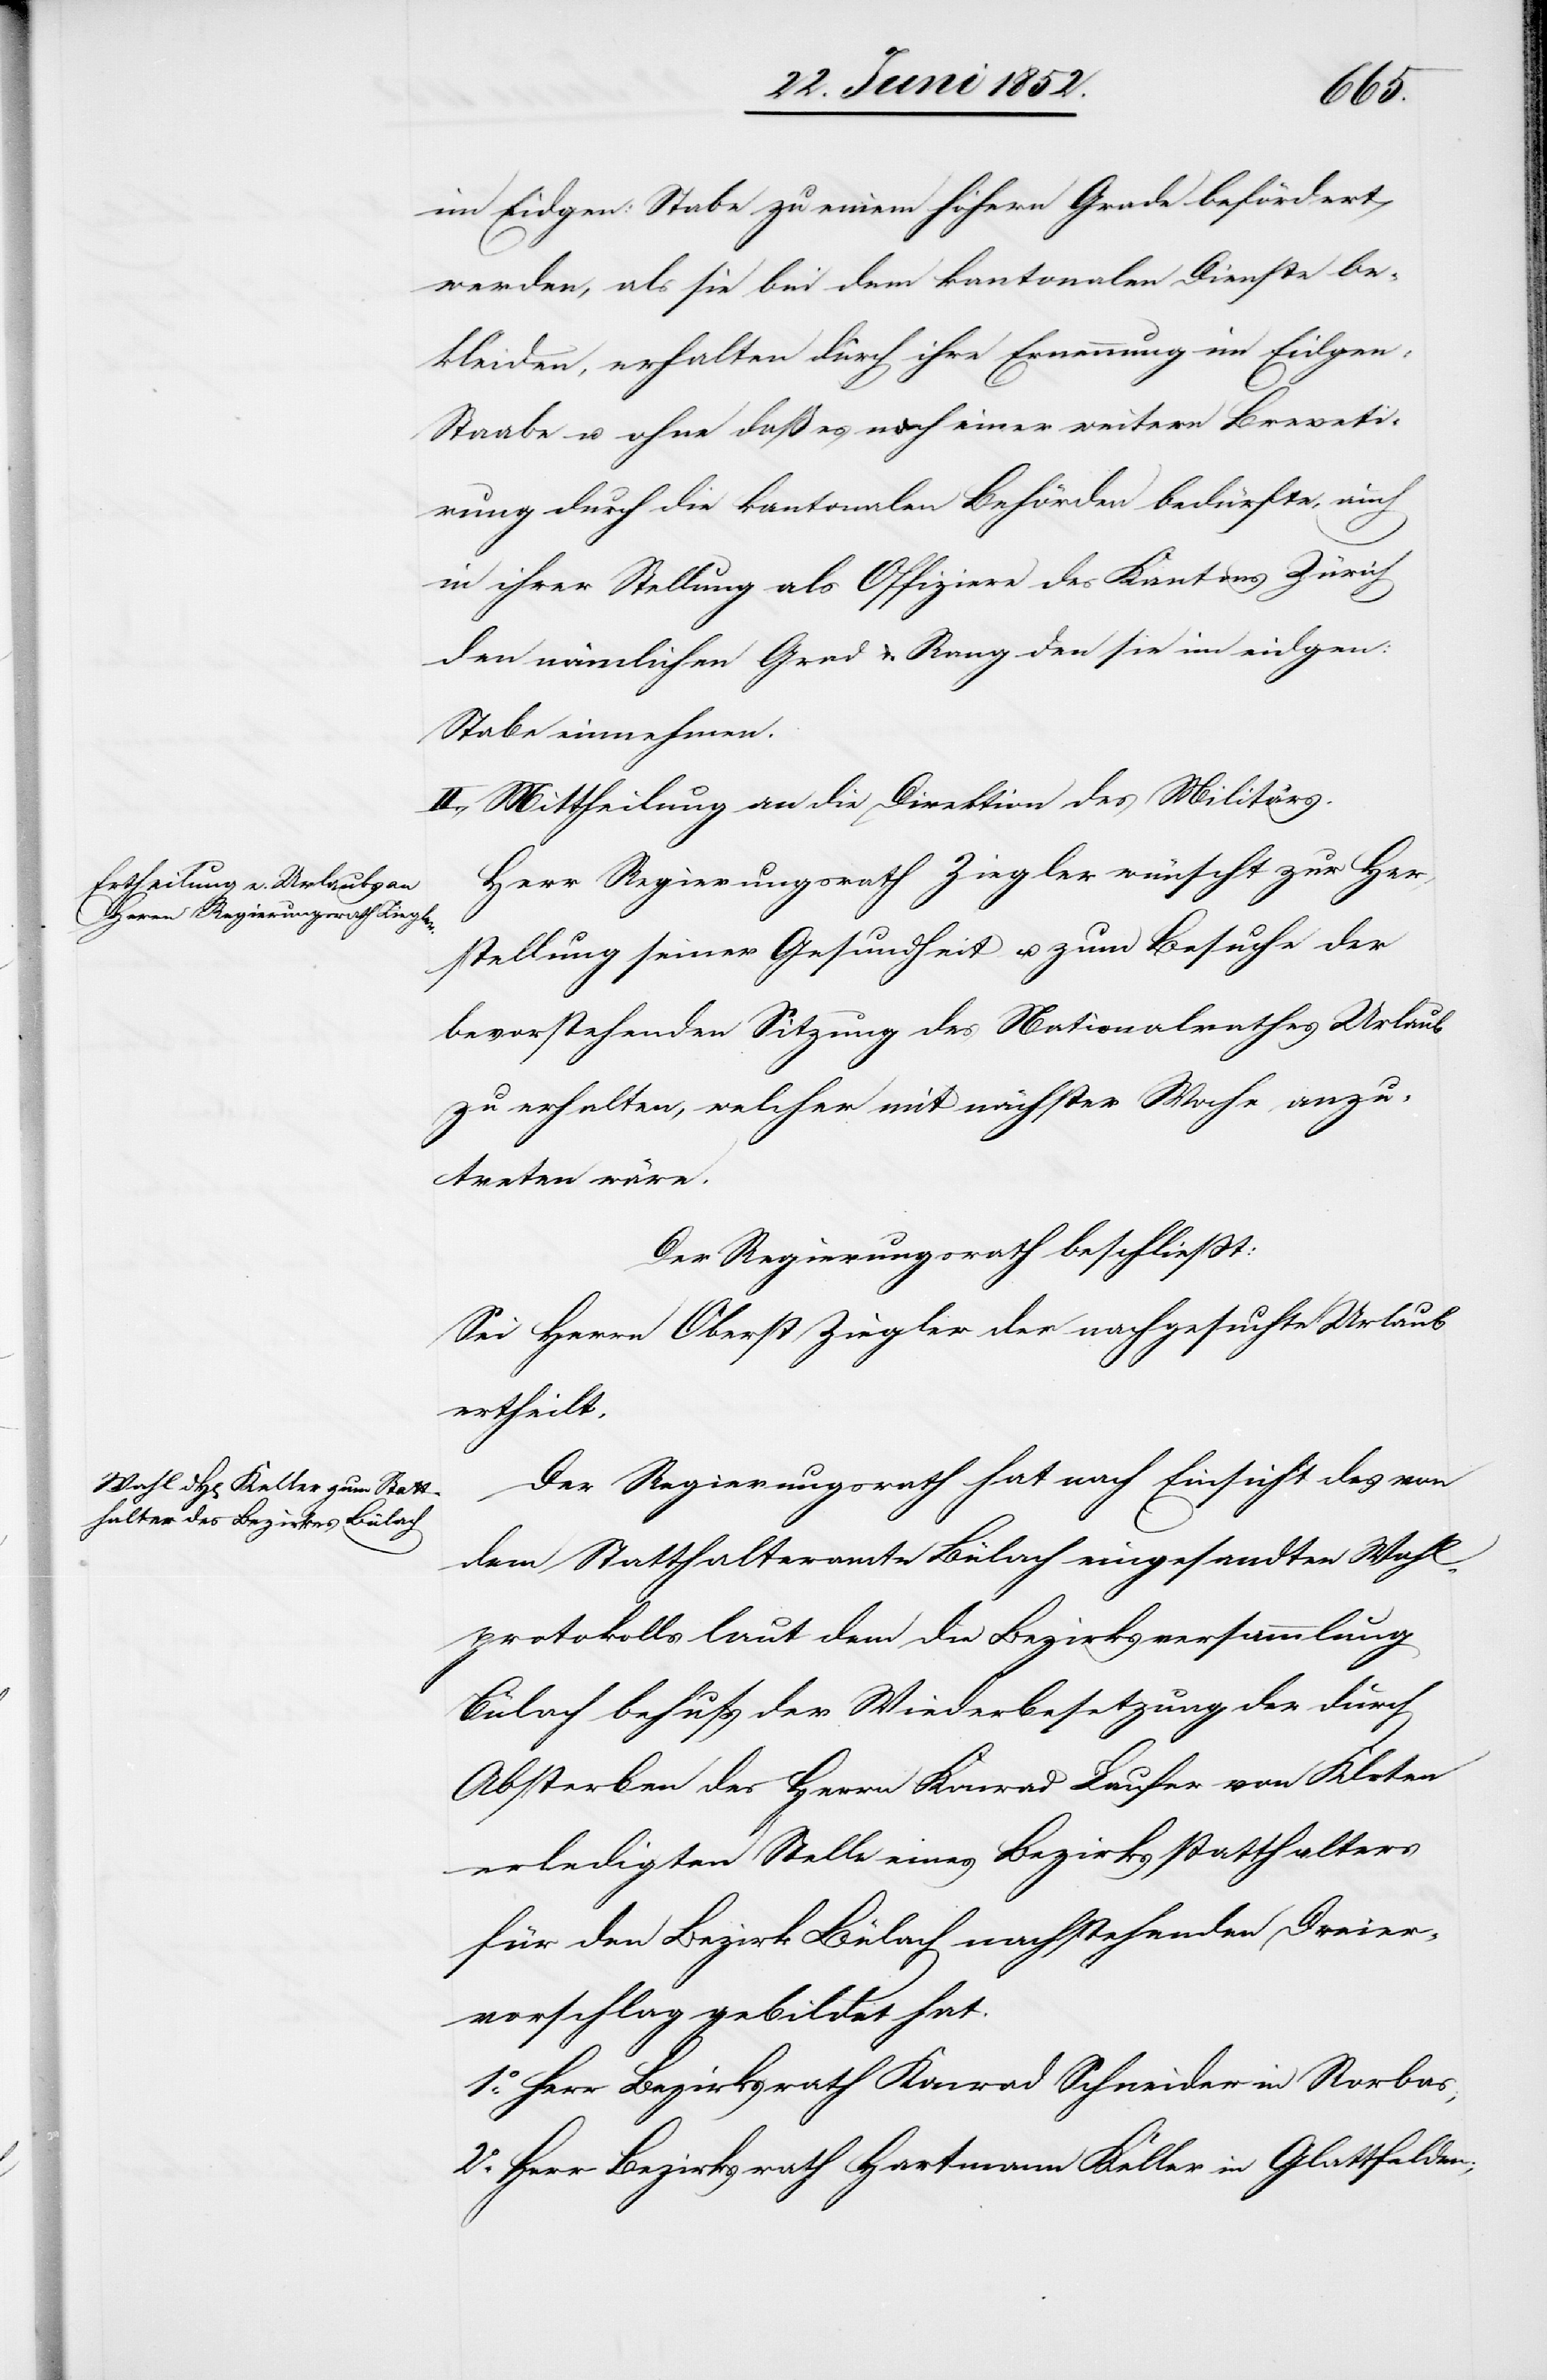
im Eidgen: Stabe zu einem höhern Grade befördert
werden, als sie bei dem kantonalen Dienste be¬
kleiden, erhalten durch ihre Ernennung im Eidgen:
Staabe u. ohne daß es noch einer weitern Breveti¬
rung durch die kantonalen Behörden bedürfte, auch
in ihrer Stellung als Offiziere des Kantons Zürich
den nämlichen Grad & Rang den sie im eidgen:
Stabe einnehmen.
II., Mittheilung an die Direktion des Militärs.
Herr Regierungsrath Ziegler wünscht zur Her¬
stellung seiner Gesundheit u. zum Besuche der
bevorstehenden Sitzung des Nationalrathes Urlaub
zu erhalten, welcher mit nächster Woche anzu¬
treten wäre.
Der Regierungsrath beschliesst:
Sei Herrn Oberst Ziegler der nachgesuchte Urlaub
ertheilt.
Der Regierungsrath hat nach Einsicht des von
dem Statthalteramte Bülach eingesandten Wahl¬
protokolls laut dem die Bezirksversammlung
Bülach behufs der Wiederbesetzung der durch
Absterben des Herrn Konrad Laufer von Kloten
erledigten Stelle eines Bezirksstatthalters
für den Bezirk Bülach nachstehenden Dreier¬
vorschlag gebildet hat.
1o Herr Bezirksrath Konrad Schneider in Rorbas;
2o Herr Bezirksrath Hartmann Keller in Glattfelden;